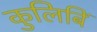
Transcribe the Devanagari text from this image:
कुलिबिं